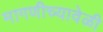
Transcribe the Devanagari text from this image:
मागणीच्यावेळी